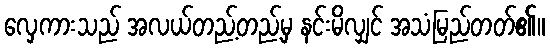
လှေကားသည် အလယ်တည့်တည့်မှ နင်းမိလျှင် အသံမြည်တတ်၏။